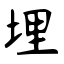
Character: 埋